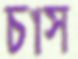
চাস